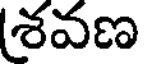
శవణ